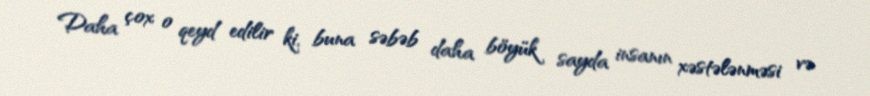
Daha çox o qeyd edilir ki, buna səbəb daha böyük sayda insanın xəstələnməsi və